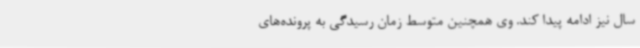
سال نیز ادامه پیدا کند. وی همچنین متوسط زمان رسیدگی به پرونده‌های